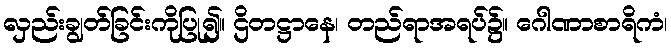
လှည်းချွတ်ခြင်းကိုပြု၍။ ဌိတဋ္ဌာနေ၊ တည်ရာအရပ်၌။ ဂေါဏာစာရိကံ၊